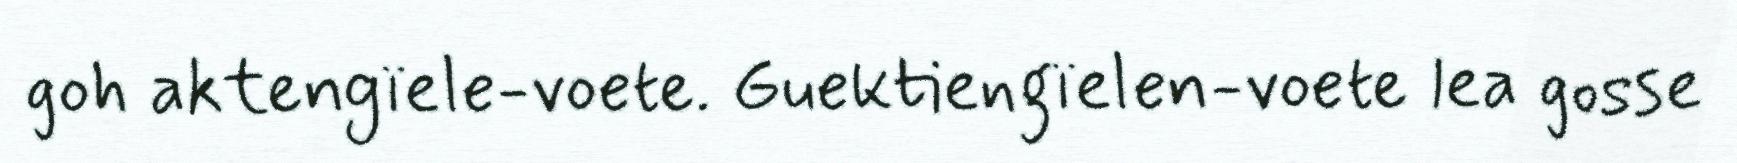
goh aktengïele-voete. Guektiengïelen-voete lea gosse